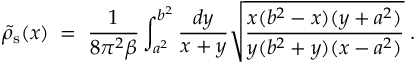
\tilde { \rho } _ { \mathrm { s } } ( x ) \; = \; { \frac { 1 } { 8 \pi ^ { 2 } \beta } } \int _ { a ^ { 2 } } ^ { b ^ { 2 } } { \frac { d y } { x + y } } \sqrt { { \frac { x ( b ^ { 2 } - x ) ( y + a ^ { 2 } ) } { y ( b ^ { 2 } + y ) ( x - a ^ { 2 } ) } } } \; .